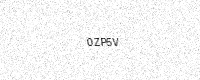
Text: 0ZP5V